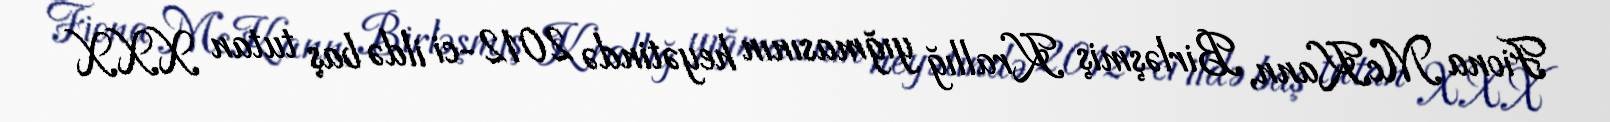
Fiona McKann, Birləşmiş Krallığ yığmasının heyətində 2012-ci ildə baş tutan XXX